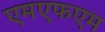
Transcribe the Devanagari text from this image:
एमएफएम